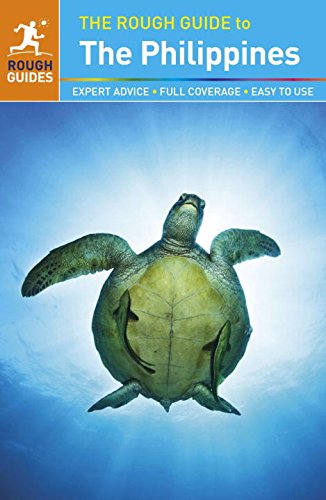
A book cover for The Rough Guide to the Philippines; Stephen Keeling; Travel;